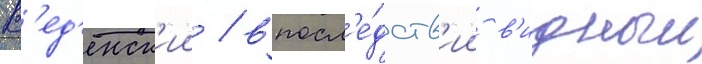
В'ед'енск'ии / впосл'е́дств'ии в'идныи